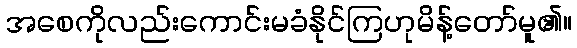
အစေကိုလည်းကောင်းမခံနိုင်ကြဟုမိန့်တော်မူ၏။